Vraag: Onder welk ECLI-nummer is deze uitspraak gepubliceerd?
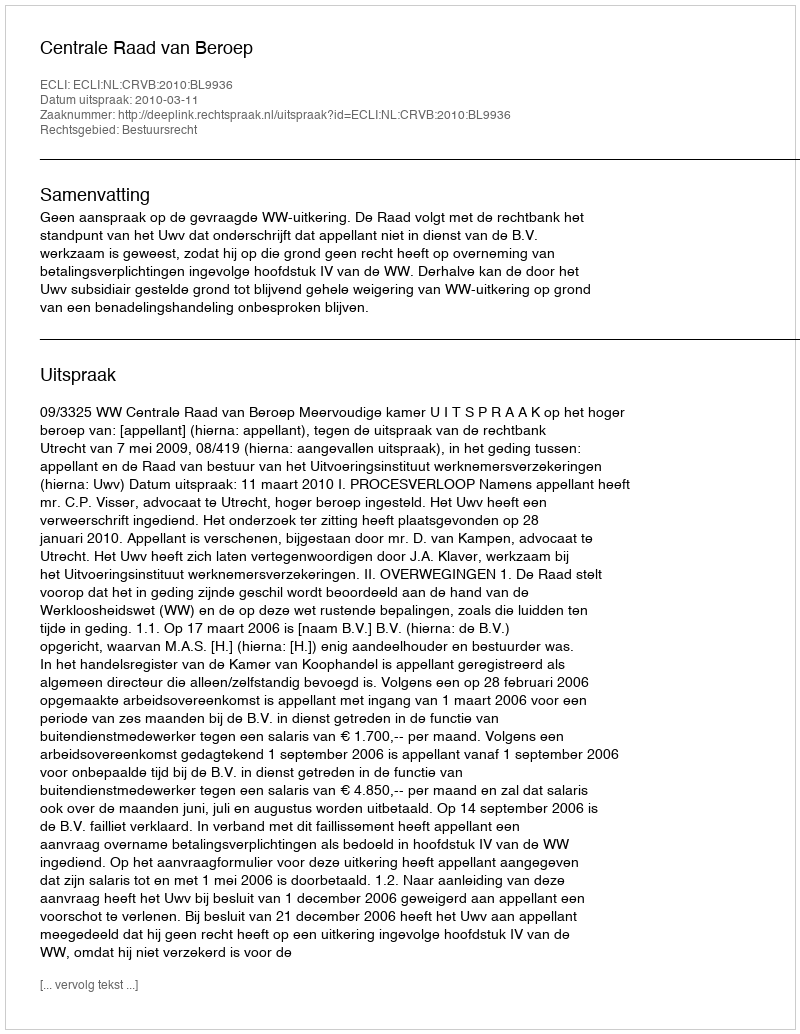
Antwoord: ECLI:NL:CRVB:2010:BL9936